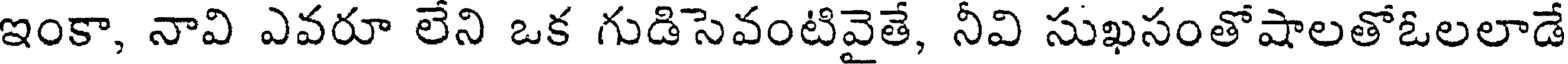
ఇంకా, నావి ఎవరూ లేని ఒక గుడిసెవంటివైతే, నీవి సుఖసంతోషాలతోఓలలాడే